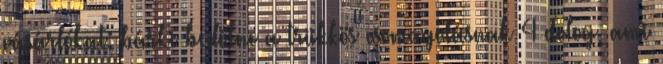
vásárlókat: bárki bedőlne a trükkös csomagolásnak 4 dolog, ami